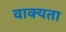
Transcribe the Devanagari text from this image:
वाक्यता